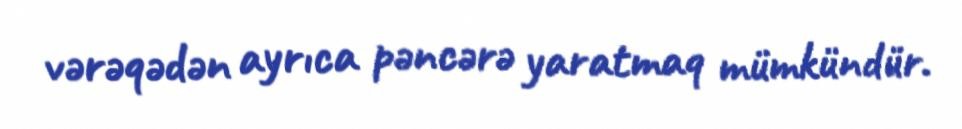
vərəqədən ayrıca pəncərə yaratmaq mümkündür.